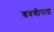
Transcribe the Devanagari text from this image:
श्रवणीयता